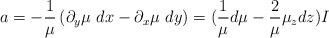
LaTeX: \begin{align*}a=-\frac{1}{\mu}\left(\partial_y\mu\ dx-\partial_x\mu\ dy\right)=(\frac{1}{\mu}d\mu-\frac{2}{\mu}\mu_zdz)I\end{align*}